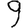
Digit: 9